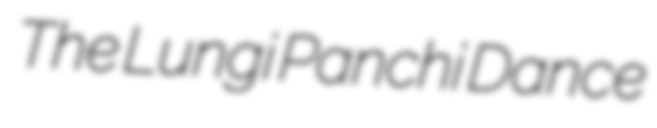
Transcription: The Lungi Panchi Dance